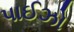
પાઈઝો